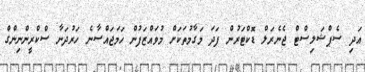
އަދި ސެޕްޝަލިސްޓް ޖެނެރަލް ޑޮކްޓަރުން ފަދަ މަގާމުތަކަށް މުވައްޒަފުން ހަމަޖައްސާނެ ހަރުދަނާ ސްކްރީންނިންގް